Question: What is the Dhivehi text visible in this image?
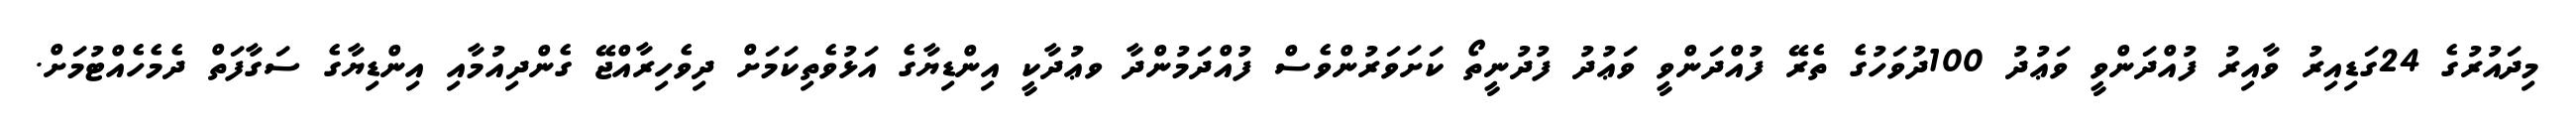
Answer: މިދައުރުގެ 24ގަޑިއިރު ވާއިރު ފުއްދަންވީ ވަޢުދު 100ދުވަހުގެ ތެރޭ ފުއްދަންވީ ވަޢުދު ފުދުނީތޯ ކަށަވަރުންވެސް ފުއްދަމުންދާ ވޢުދާކީ އިންޑިޔާގެ އަޅުވެތިކަމަށް ދިވެހިރާއްޖޭ ގެންދިއުމާއި އިންޑިޔާގެ ސަގާފަތް ދެމެހެއްޓުމަށް.